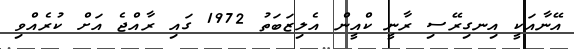
އޭނާއަކީ އިނގިރޭސި ރާނީ ކްއީން އެލިޒަބަތު 1972 ގައި ރާއްޖެ އަށް ކުރެއްވި